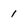
Character: 1